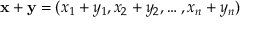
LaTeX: \mathbf { x } + \mathbf { y } = ( x _ { 1 } + y _ { 1 } , x _ { 2 } + y _ { 2 } , \ldots , x _ { n } + y _ { n } )